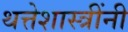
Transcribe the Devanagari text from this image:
थत्तेशास्त्रींनी